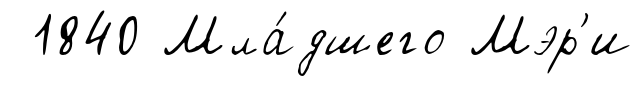
1840 Мла́дшего Мэр'и